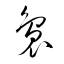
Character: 裊